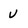
Character: u